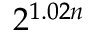
2 ^ { 1 . 0 2 n }